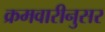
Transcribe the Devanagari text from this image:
क्रमवारीनुसर